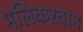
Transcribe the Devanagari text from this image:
मलिकरवान